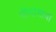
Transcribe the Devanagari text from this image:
मीमांसाया